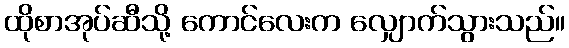
ထိုစာအုပ်ဆီသို့ ကောင်လေးက လျှောက်သွားသည်။